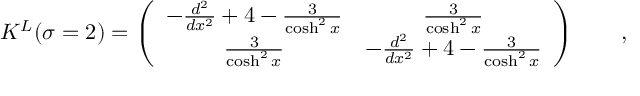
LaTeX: { \cal K } ^ { L } ( \sigma = 2 ) = \left( \begin{array} { c c } { { - \frac { d ^ { 2 } } { d x ^ { 2 } } + 4 - \frac { 3 } { \cosh ^ { 2 } x } } } & { { \frac { 3 } { \cosh ^ { 2 } x } } } \\ { { \frac { 3 } { \cosh ^ { 2 } x } } } & { { - \frac { d ^ { 2 } } { d x ^ { 2 } } + 4 - \frac { 3 } { \cosh ^ { 2 } x } } } \end{array} \right) \qquad ,